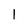
Character: l